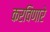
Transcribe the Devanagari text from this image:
करविणारे